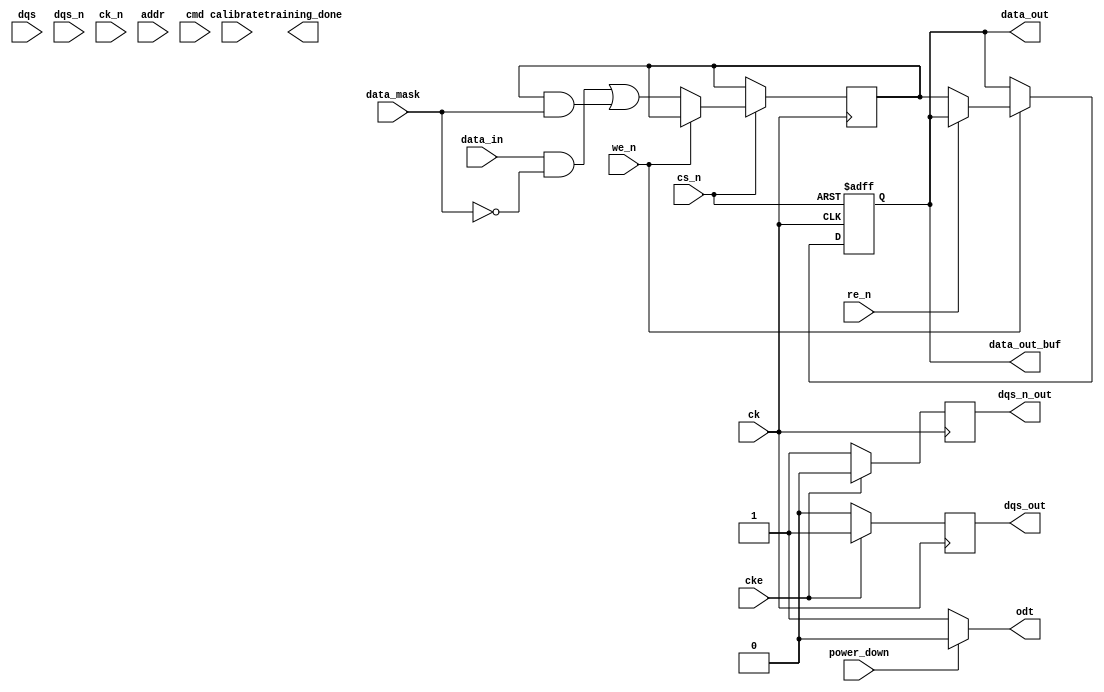
module ddr5_io_block (
    // Data Interface
    input wire [63:0] data_in,          // Data input (64 bits)
    output wire [63:0] data_out,        // Data output (64 bits)
    input wire [7:0] data_mask,         // Data mask for write operations
    input wire dqs,                     // Data Strobe Signal
    input wire dqs_n,                   // Inverted Data Strobe Signal

    // Clock Interface
    input wire ck,                      // Clock signal
    input wire ck_n,                    // Inverted Clock signal
    input wire cke,                     // Clock Enable signal

    // Address and Command Interface
    input wire [15:0] addr,             // Address signals (A0-A15)
    input wire [3:0] cmd,               // Command signals (READ, WRITE, etc.)
    
    // Control Signals
    input wire cs_n,                    // Chip Select (active low)
    input wire we_n,                    // Write Enable (active low)
    input wire re_n,                    // Read Enable (active low)

    // Power Management
    input wire power_down,              // Power down mode control

    // Output Buffers
    output wire [63:0] data_out_buf,    // Buffered data output
    output wire dqs_out,                // Buffered DQS output
    output wire dqs_n_out,              // Buffered DQS# output

    // Termination
    output wire odt,                    // On-Die Termination signal

    // Calibration and Training
    input wire calibrate,               // Calibration signal
    output wire training_done            // Training completion signal
);

// Internal signals
reg [63:0] data_reg;
reg [63:0] data_out_reg;
reg dqs_reg;
reg dqs_n_reg;
reg odt_reg;

// Data transfer logic
always @(posedge ck or negedge cs_n) begin
    if (!cs_n) begin
        // Chip is disabled
        data_out_reg <= 64'b0;
    end else if (!we_n) begin
        // Write operation
        data_reg <= (data_in & ~data_mask) | (data_reg & data_mask);
    end else if (!re_n) begin
        // Read operation
        data_out_reg <= data_reg;
    end
end

// DQS and DQS# generation
always @(posedge ck) begin
    if (cke) begin
        dqs_reg <= 1'b1; // Active DQS
        dqs_n_reg <= 1'b0; // Active DQS#
    end else begin
        dqs_reg <= 1'b0; // Inactive DQS
        dqs_n_reg <= 1'b1; // Inactive DQS#
    end
end

// Output assignments
assign data_out = data_out_reg;
assign data_out_buf = data_out_reg; // Buffered data output
assign dqs_out = dqs_reg; // Buffered DQS output
assign dqs_n_out = dqs_n_reg; // Buffered DQS# output
assign odt = (power_down) ? 1'b0 : 1'b1; // ODT control based on power state

// Calibration and training logic (simplified)
always @(posedge calibrate) begin
    // Calibration logic here
    // ...
    // Indicate training is done
    // training_done <= 1'b1;
end

endmodule